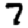
Digit: 7